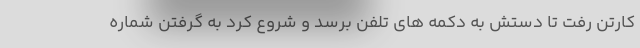
کارتن رفت تا دستش به دکمه های تلفن برسد و شروع کرد به گرفتن شماره